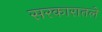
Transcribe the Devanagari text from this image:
सरकारातले